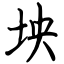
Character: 坱